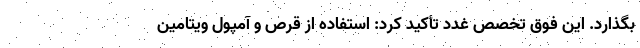
بگذارد. این فوق تخصص غدد تأکید کرد: استفاده از قرص و آمپول ویتامین